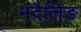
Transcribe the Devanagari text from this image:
मंदैलिङ